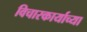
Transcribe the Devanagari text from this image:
विचारकार्याच्या